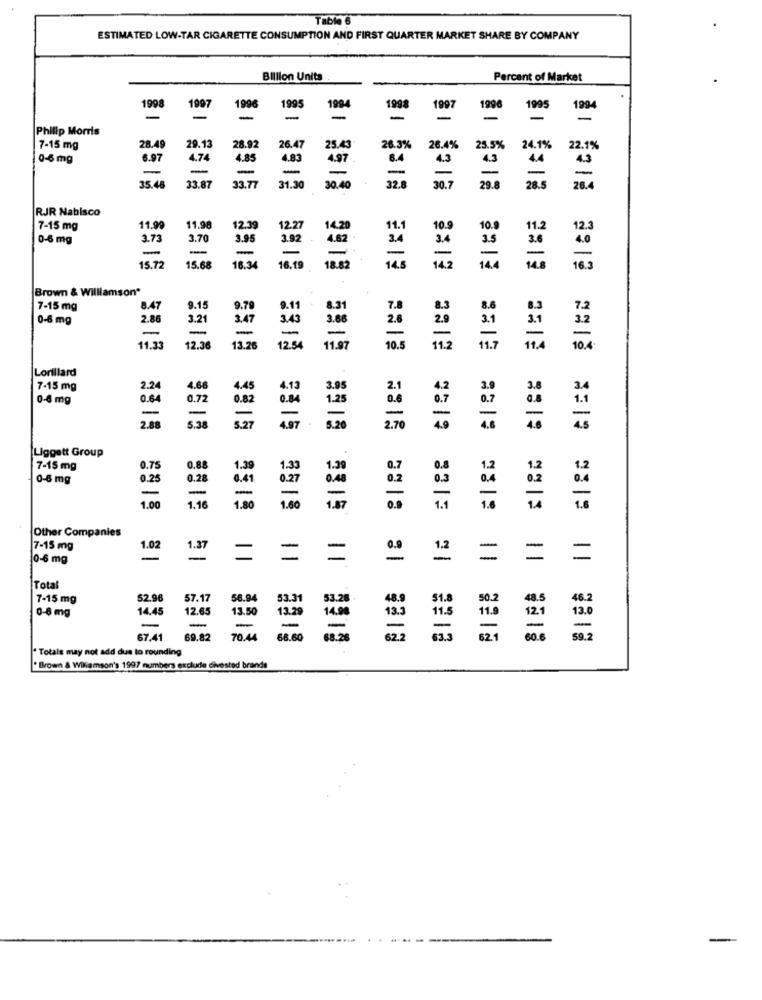
Table 6
ESTIMATED LOW-TAR CIGARETTE CONSUMPTION AND FIRST QUARTER MARKET SHARE BY COMPANY
Billion Units
Percent of Market
1998
1997
1996
1995
1994
1991
1998
1995
199
=
-
-
-
Philip Morris
7-15 mg
28.4
29.13
28.92
26.47
25.43
26.3%
26.4%
25.5%
24.1%
22.1%
0-5 mg
6.97
4.74
4.85
4.83
4.97
6.4
4.3
4.3
-
-
-
-
-
-
4.4
32.8
-
35.48
33.87
33.77
31.30
30.40
29.8
28.4
RJR Nabisco
7-15 mg
11.99
11.90
12.39
12.2
14.20
10.5
10.
12.3
0-6 mg
3.73
3.70
3.95
3.92 +
4.82
3.4
3.5
3.6
4.0
-
-
-
-
3.4
=
15.72
15.68
16.34
16.19
18.82
14.5
14.2
14.4
16.3
Brown & Williamson*
CIEN
7-15 mg
8.47
9.15
9.79
9.11
8.31
8.3
8.6
0-6 mg
2.86
3.21
3.47
345
3.66
2.6
2.8
3.1
3.1
-
-
-
1.33
-
12.36
13.76
12.54
11.97
10.5
1.2
11.7
10.
Lorillard
7-15 mg
2.24
4.66
4.45
3.95
3.
0-8 mg
0.64
0.72
0.82
0.84
1.29
0.7
5.38
5.27
2.88
4.97
3.20
2.76
4.9
4.6
Liggett Group
7-15 mg
0.75
0.88
1.39
1.33
1.39
0.7
1.2
0-8 mg
0.25
0.28
0.41
0.27
-
-
-
1.00
1.16
1.80
1.60
1.87
3315
0.9
1.1
1.6
Other Companies
7-15 mg
1.02
1.37
0-6 mg
-
=
=
=
=
21
Total
7-15 mg
52.96
57.17
56.94
53.31
53.28
48.9
0-8 mg
14.45
12.65
13.50
13.29
13.3
11.5
12.1
-
14.90
-
-
67.41
69.82
70.44
66.60
68.20
62.2
32.1
60.0
. Totale may not add due to rounding
"Brown & Wiliamson's 1997 numbers exclude divested brande
-